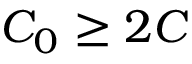
C _ { 0 } \geq 2 C